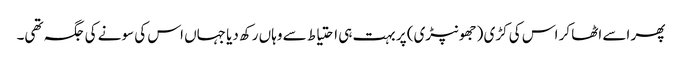
پھر اسے اٹھا کر اس کی کڑی (جھونپڑی) پر بہت ہی احتیاط سے وہاں رکھ دیا جہاں اس کی سونے کی جگہ تھی۔